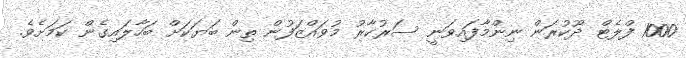
1000 ފްލެޓް ދޫކުރަން ނިންމާފައިވަނީ ސަރުކާރު މުވައްޒަފުން ތިން ބަޔަކަށް ބަހާލައިގެން ކަމަށެވެ.